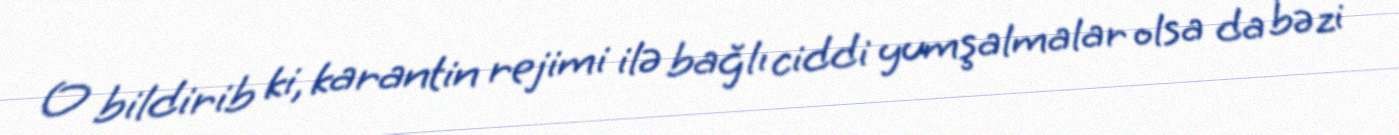
O bildirib ki, karantin rejimi ilə bağlı ciddi yumşalmalar olsa da bəzi